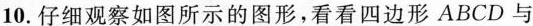
10.仔细观察如图所示的图形，看看四边形ABCD与